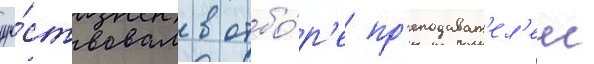
уча́ствовал в отбо́р'е пр'еподават'ел'еи